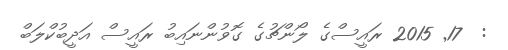
:  17